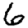
Digit: 6